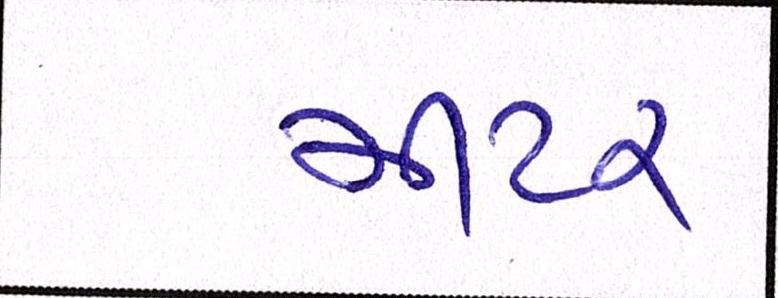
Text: મીટર